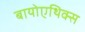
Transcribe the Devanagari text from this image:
बायोएथिक्स